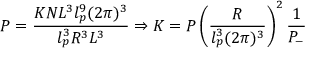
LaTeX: P = \frac { K N L ^ { 3 } l _ { p } ^ { 9 } ( 2 \pi ) ^ { 3 } } { l _ { p } ^ { 3 } R ^ { 3 } L ^ { 3 } } \Rightarrow K = P \left( \frac { R } { l _ { p } ^ { 3 } ( 2 \pi ) ^ { 3 } } \right) ^ { 2 } \frac { 1 } { P _ { - } }